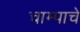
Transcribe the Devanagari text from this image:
चाम्पाचे